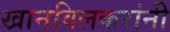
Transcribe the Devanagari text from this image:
खानविलकरांनी